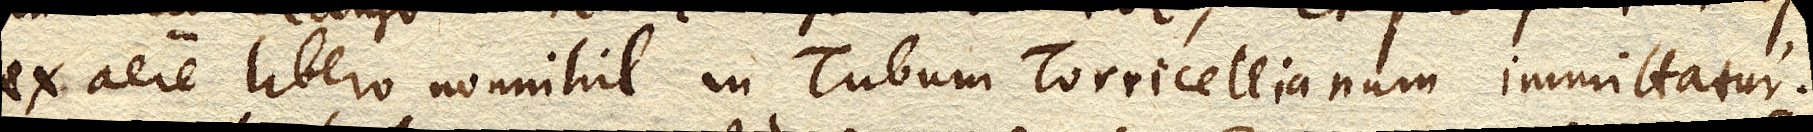
ex aere libero nonnihil in Tubum Torricellianum immittatur.